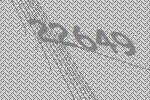
22649